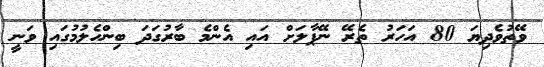
ވޭތުވެދިޔަ 80 އަހަރު ތެރޭ ނޭޕާލަށް އައި އެންމެ ބާރުގަދަ ބިންހެލުމުގައި ވަނީ